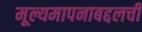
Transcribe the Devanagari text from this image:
मूल्यमापनाबद्दलची